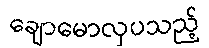
ချောမောလှပသည့်